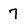
Character: 7